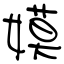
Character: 嫫